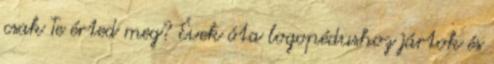
csak Te érted meg? Évek óta logopédushoz jártok és